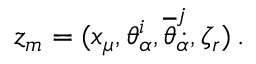
z _ { m } = ( x _ { \mu } , \theta _ { \alpha } ^ { i } , { \overline { { \theta } } } _ { \dot { \alpha } } ^ { j } , \zeta _ { r } ) \, .